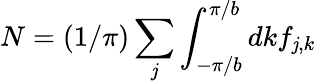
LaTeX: N=(1/\pi)\sum_{\mathit{j}}\int_{-\pi/b}^{\pi/b}dkf_{\mathit{j},k}